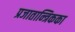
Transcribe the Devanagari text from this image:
प्रजातान्त्रिकका